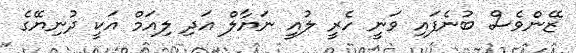
ޒޭންވެސް ބުނެފައި ވަނީ ހެރީ ލުއީ ނަޔާލް އަދި ލިއަމް އަކީ ދުނިޔޭގެ